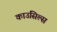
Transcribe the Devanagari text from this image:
काउंसिल्स